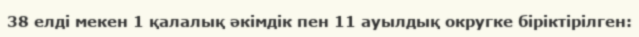
38 елді мекен 1 қалалық әкімдік пен 11 ауылдық округке біріктірілген: